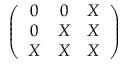
\left( \begin{array} { c c c } { { 0 } } & { { 0 } } & { { X } } \\ { { 0 } } & { { X } } & { { X } } \\ { { X } } & { { X } } & { { X } } \end{array} \right)